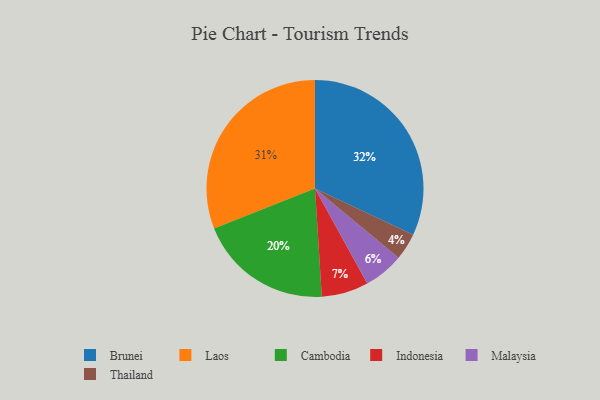
{"axis": {"x": "Category", "y": "Percentage"}, "legend": ["Brunei", "Cambodia", "Indonesia", "Laos", "Malaysia", "Thailand"], "data": [{"x": "Thailand", "y": 4, "type": "Thailand"}, {"x": "Cambodia", "y": 20, "type": "Cambodia"}, {"x": "Malaysia", "y": 6, "type": "Malaysia"}, {"x": "Laos", "y": 31, "type": "Laos"}, {"x": "Brunei", "y": 32, "type": "Brunei"}, {"x": "Indonesia", "y": 7, "type": "Indonesia"}]}